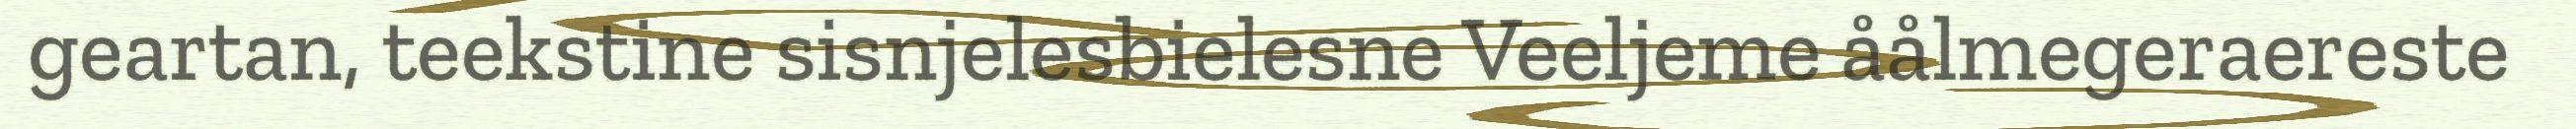
geartan, teekstine sisnjelesbielesne Veeljeme åålmegeraereste